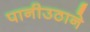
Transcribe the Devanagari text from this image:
पानीउठाने